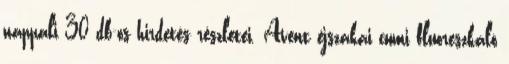
nappali 30 db-os hirdetés részletei. Avent éjszakai cumi fluoreszkáló